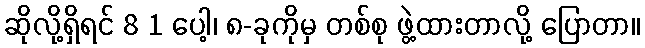
ဆိုလို့ရှိရင် 8 1 ပေါ့၊ ၈-ခုကိုမှ တစ်စု ဖွဲ့ထားတာလို့ ပြောတာ။